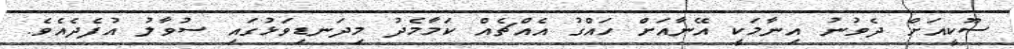
ސޫކީއަށް ދެވުނު އިނާމަކީ އޭނާއަށް ހައްގު އެއްޗެއް ކަމާމެދު މިދަނޑިވަޅުގައި ސުވާލު އުފެދެއެވެ.